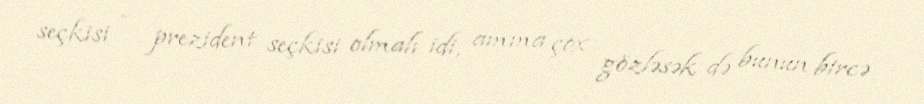
seçkisi - prezident seçkisi olmalı idi, amma çox gözləsək də bunun bircə